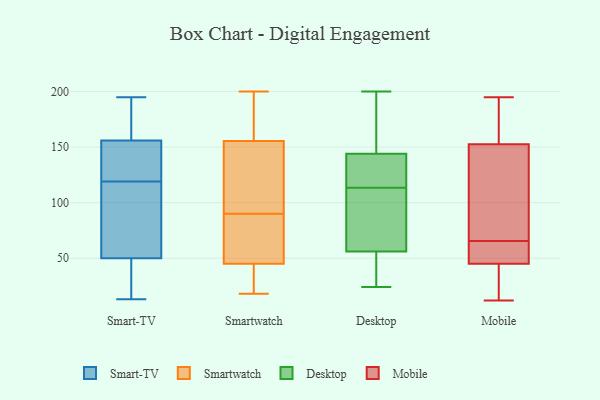
{"axis": {"x": "Page Views", "y": "Value"}, "legend": ["Desktop", "Mobile", "Smart-TV", "Smartwatch"], "data": [{"x": "", "y": 156, "type": "Smart-TV"}, {"x": "", "y": 13, "type": "Smart-TV"}, {"x": "", "y": 182, "type": "Smart-TV"}, {"x": "", "y": 193, "type": "Smart-TV"}, {"x": "", "y": 95, "type": "Smart-TV"}, {"x": "", "y": 141, "type": "Smart-TV"}, {"x": "", "y": 148, "type": "Smart-TV"}, {"x": "", "y": 195, "type": "Smart-TV"}, {"x": "", "y": 130, "type": "Smart-TV"}, {"x": "", "y": 108, "type": "Smart-TV"}, {"x": "", "y": 135, "type": "Smart-TV"}, {"x": "", "y": 46, "type": "Smart-TV"}, {"x": "", "y": 50, "type": "Smart-TV"}, {"x": "", "y": 42, "type": "Smart-TV"}, {"x": "", "y": 175, "type": "Smart-TV"}, {"x": "", "y": 50, "type": "Smart-TV"}, {"x": "", "y": 88, "type": "Smart-TV"}, {"x": "", "y": 30, "type": "Smart-TV"}, {"x": "", "y": 29, "type": "Smartwatch"}, {"x": "", "y": 200, "type": "Smartwatch"}, {"x": "", "y": 155, "type": "Smartwatch"}, {"x": "", "y": 46, "type": "Smartwatch"}, {"x": "", "y": 18, "type": "Smartwatch"}, {"x": "", "y": 130, "type": "Smartwatch"}, {"x": "", "y": 180, "type": "Smartwatch"}, {"x": "", "y": 77, "type": "Smartwatch"}, {"x": "", "y": 157, "type": "Smartwatch"}, {"x": "", "y": 68, "type": "Smartwatch"}, {"x": "", "y": 185, "type": "Smartwatch"}, {"x": "", "y": 90, "type": "Smartwatch"}, {"x": "", "y": 132, "type": "Smartwatch"}, {"x": "", "y": 42, "type": "Smartwatch"}, {"x": "", "y": 93, "type": "Smartwatch"}, {"x": "", "y": 37, "type": "Smartwatch"}, {"x": "", "y": 68, "type": "Smartwatch"}, {"x": "", "y": 134, "type": "Desktop"}, {"x": "", "y": 88, "type": "Desktop"}, {"x": "", "y": 24, "type": "Desktop"}, {"x": "", "y": 44, "type": "Desktop"}, {"x": "", "y": 33, "type": "Desktop"}, {"x": "", "y": 68, "type": "Desktop"}, {"x": "", "y": 133, "type": "Desktop"}, {"x": "", "y": 109, "type": "Desktop"}, {"x": "", "y": 25, "type": "Desktop"}, {"x": "", "y": 84, "type": "Desktop"}, {"x": "", "y": 184, "type": "Desktop"}, {"x": "", "y": 154, "type": "Desktop"}, {"x": "", "y": 200, "type": "Desktop"}, {"x": "", "y": 122, "type": "Desktop"}, {"x": "", "y": 118, "type": "Desktop"}, {"x": "", "y": 167, "type": "Desktop"}, {"x": "", "y": 52, "type": "Mobile"}, {"x": "", "y": 166, "type": "Mobile"}, {"x": "", "y": 38, "type": "Mobile"}, {"x": "", "y": 107, "type": "Mobile"}, {"x": "", "y": 12, "type": "Mobile"}, {"x": "", "y": 44, "type": "Mobile"}, {"x": "", "y": 107, "type": "Mobile"}, {"x": "", "y": 146, "type": "Mobile"}, {"x": "", "y": 33, "type": "Mobile"}, {"x": "", "y": 159, "type": "Mobile"}, {"x": "", "y": 46, "type": "Mobile"}, {"x": "", "y": 52, "type": "Mobile"}, {"x": "", "y": 51, "type": "Mobile"}, {"x": "", "y": 195, "type": "Mobile"}, {"x": "", "y": 180, "type": "Mobile"}, {"x": "", "y": 79, "type": "Mobile"}]}